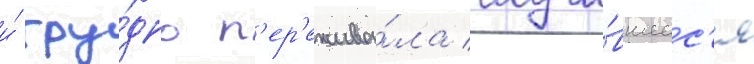
и́ тру́дно п'ер'ежива́ла случи́вшеес'я